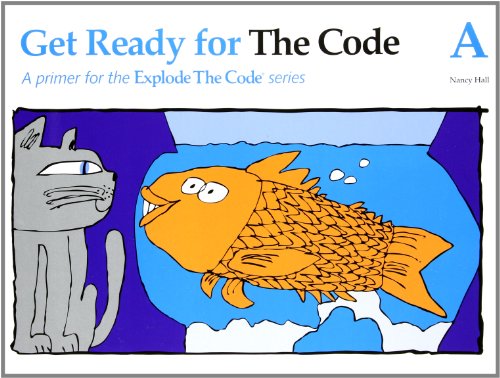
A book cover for Get Ready for the Code - Book a; Nancy Hall; Reference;